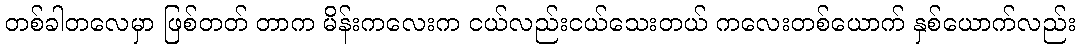
တစ်ခါတလေမှာ ဖြစ်တတ် တာက မိန်းကလေးက ငယ်လည်းငယ်သေးတယ် ကလေးတစ်ယောက် နှစ်ယောက်လည်း